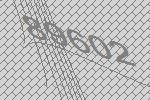
89602